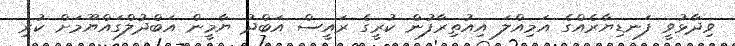
ވިދާޅުވީ ފަނޑިޔާރެއްގެ އަމިއްލަ އިއުތިރާފުން ކުރީގެ ރައީސް އަބްދު ޔާމީން އަބްދުލްގައްޔޫމަށް ކުރި